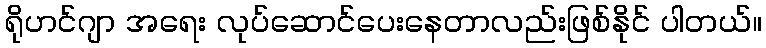
ရိုဟင်ဂျာ အရေး လုပ်ဆောင်ပေးနေတာလည်းဖြစ်နိုင် ပါတယ်။